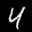
Label: 4